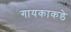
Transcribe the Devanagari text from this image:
गायकाकडे